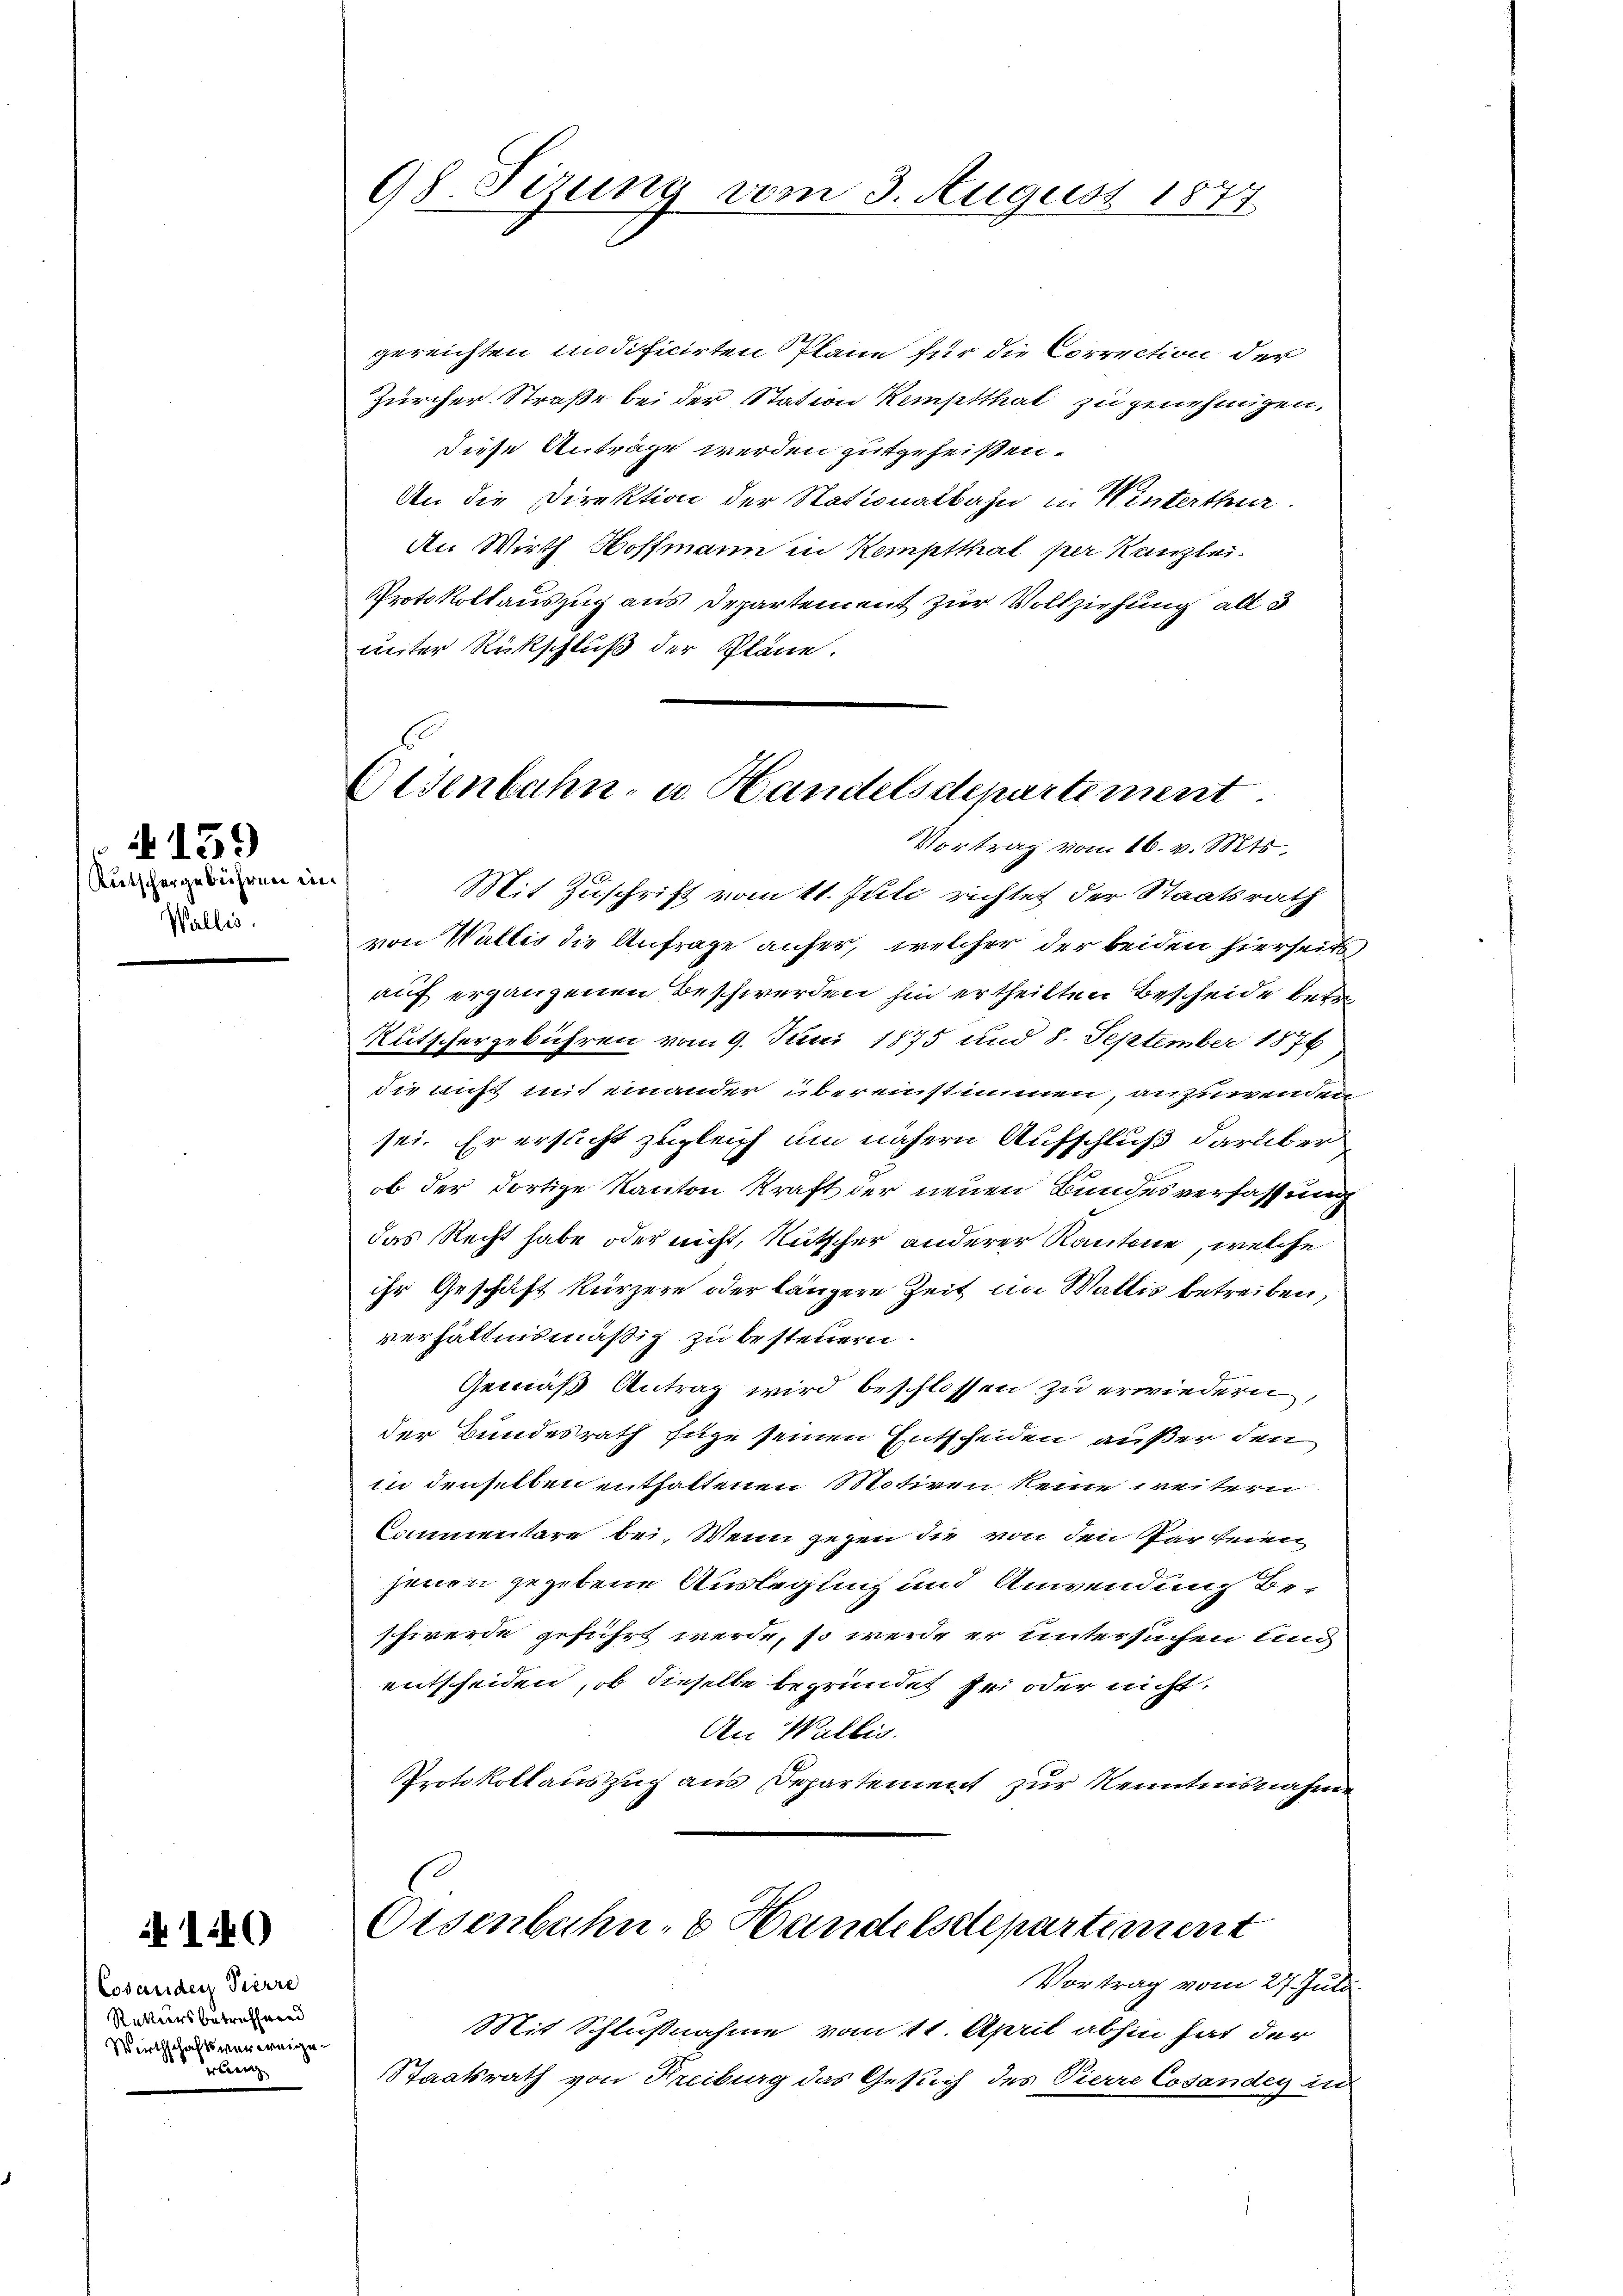
Rutschergebühren in
Wallis.

4139

i 140

Cosanider Pierre
Rekursbetreffend
Wirthschaftsverweige
erberg

98. Sizung vom 3. August 1877

gereichten modificirten Plane für die Correction der
Zürcher Straße bei der Station Kemptthat zu genehmigen,
diese Anträge werden gutgeheißen.
An die Direktion der Nationalbahn u. Winterthur.
An Wirth Hoffmann in Kemptthal per Kanzlei.
Protokollauszug aus Departement zur Vollziehung all d
uiter Rückschluß der Pläne.

Gisenbahn- u. Handelsdepartement.
Vortrag vom 16. v. Mts.

Mit Zuschrift vom 11. Juli richtet der Staatsrath
von Wallis die Anfrage anfer, welcher der beiden hierseits
auf ergangenen Beschwerden hin ertheilten Bescheide betr
Rutschergebühren vom 9. Juni 1875 und 8. September 1876
die nicht mit einander übereinstimmen, anzuwenden
sei. Er ersucht zugleich um nähern Aufschluß darüber
ob der dortige Kanton Kraft der neuen Bundesverfassung
das Recht habe oder nicht, Rutscher anderer Kantone, welche
ihr Geschäft kürzere oder längere Zeit in Wallis betreiben,
verhältnismäßig zu besteuern
Gemäß Antrag wird beschlossen zu erwiedern,
der Bundesrath sie seinen Entscheiden außer den
in denselben enthaltenen Motiven keine weitern
Commentare bei. Wenn gegen die von den Parteien
jenen gegebene Auslegung und Anwendung beschwerde geführt werde, so werde er untersuchen ung
entscheiden, ob dieselbe begründet sei oder nicht.
Aen Wallis.
Protokollauszug aus Departement zur Kenntnisnahme
Disenbahn- & Handelsdepartement
Vortrag vom 27. Juli
Mit Schlußnahme vom 11. April abhin hat der
SStaatsrath von Freiburg das Gesuch des Pierre Cosander in